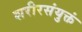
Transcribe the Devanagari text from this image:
शरीरसंयुक्तं